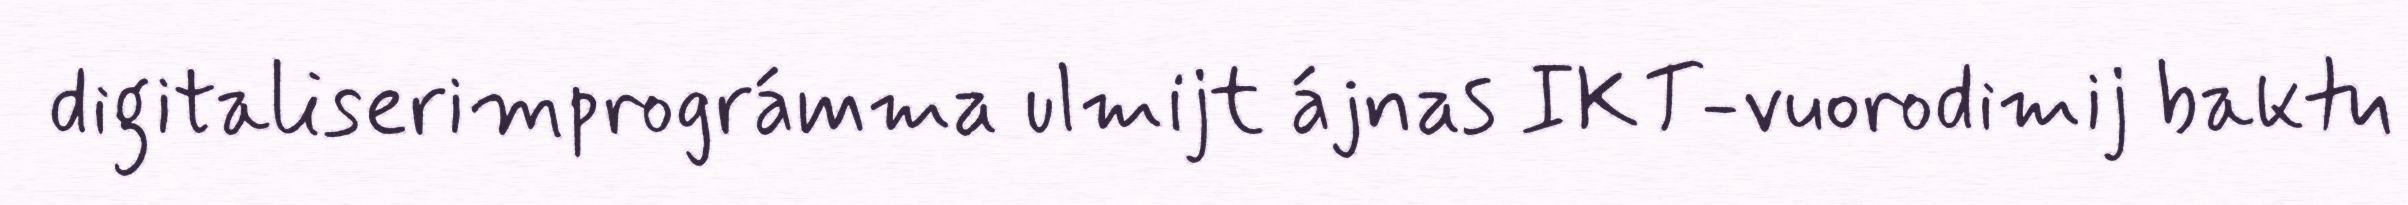
digitaliserimprográmma ulmijt ájnas IKT-vuorodimij baktu